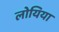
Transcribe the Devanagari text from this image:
लोयिया